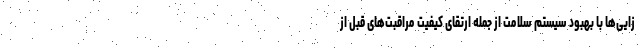
زایی‌ها با بهبود سیستم سلامت از جمله ارتقای کیفیت مراقبت‌های قبل از